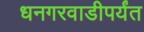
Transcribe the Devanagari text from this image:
धनगरवाडीपर्यंत